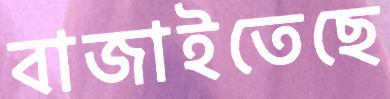
বাজাইতেছে